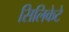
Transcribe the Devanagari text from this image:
सिलिकेटे